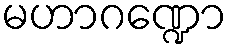
မဟာဂဏ္ဍော